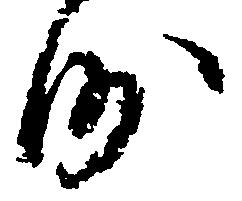
沙